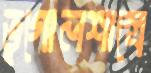
ভূগোলশাস্ত্রে